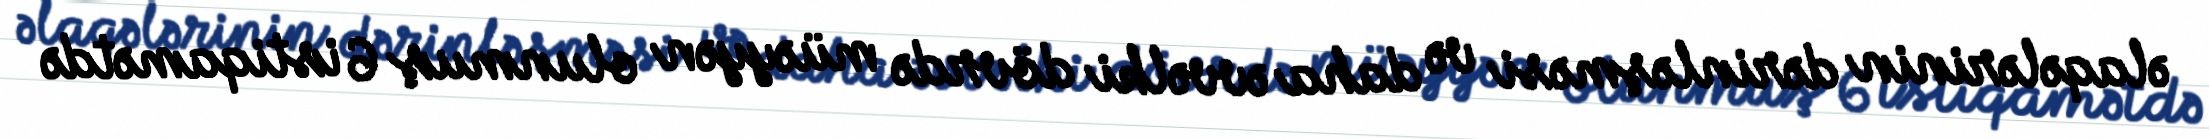
əlaqələrinin dərinləşməsi və daha əvvəlki dövrdə müəyyən olunmuş 6 istiqamətdə